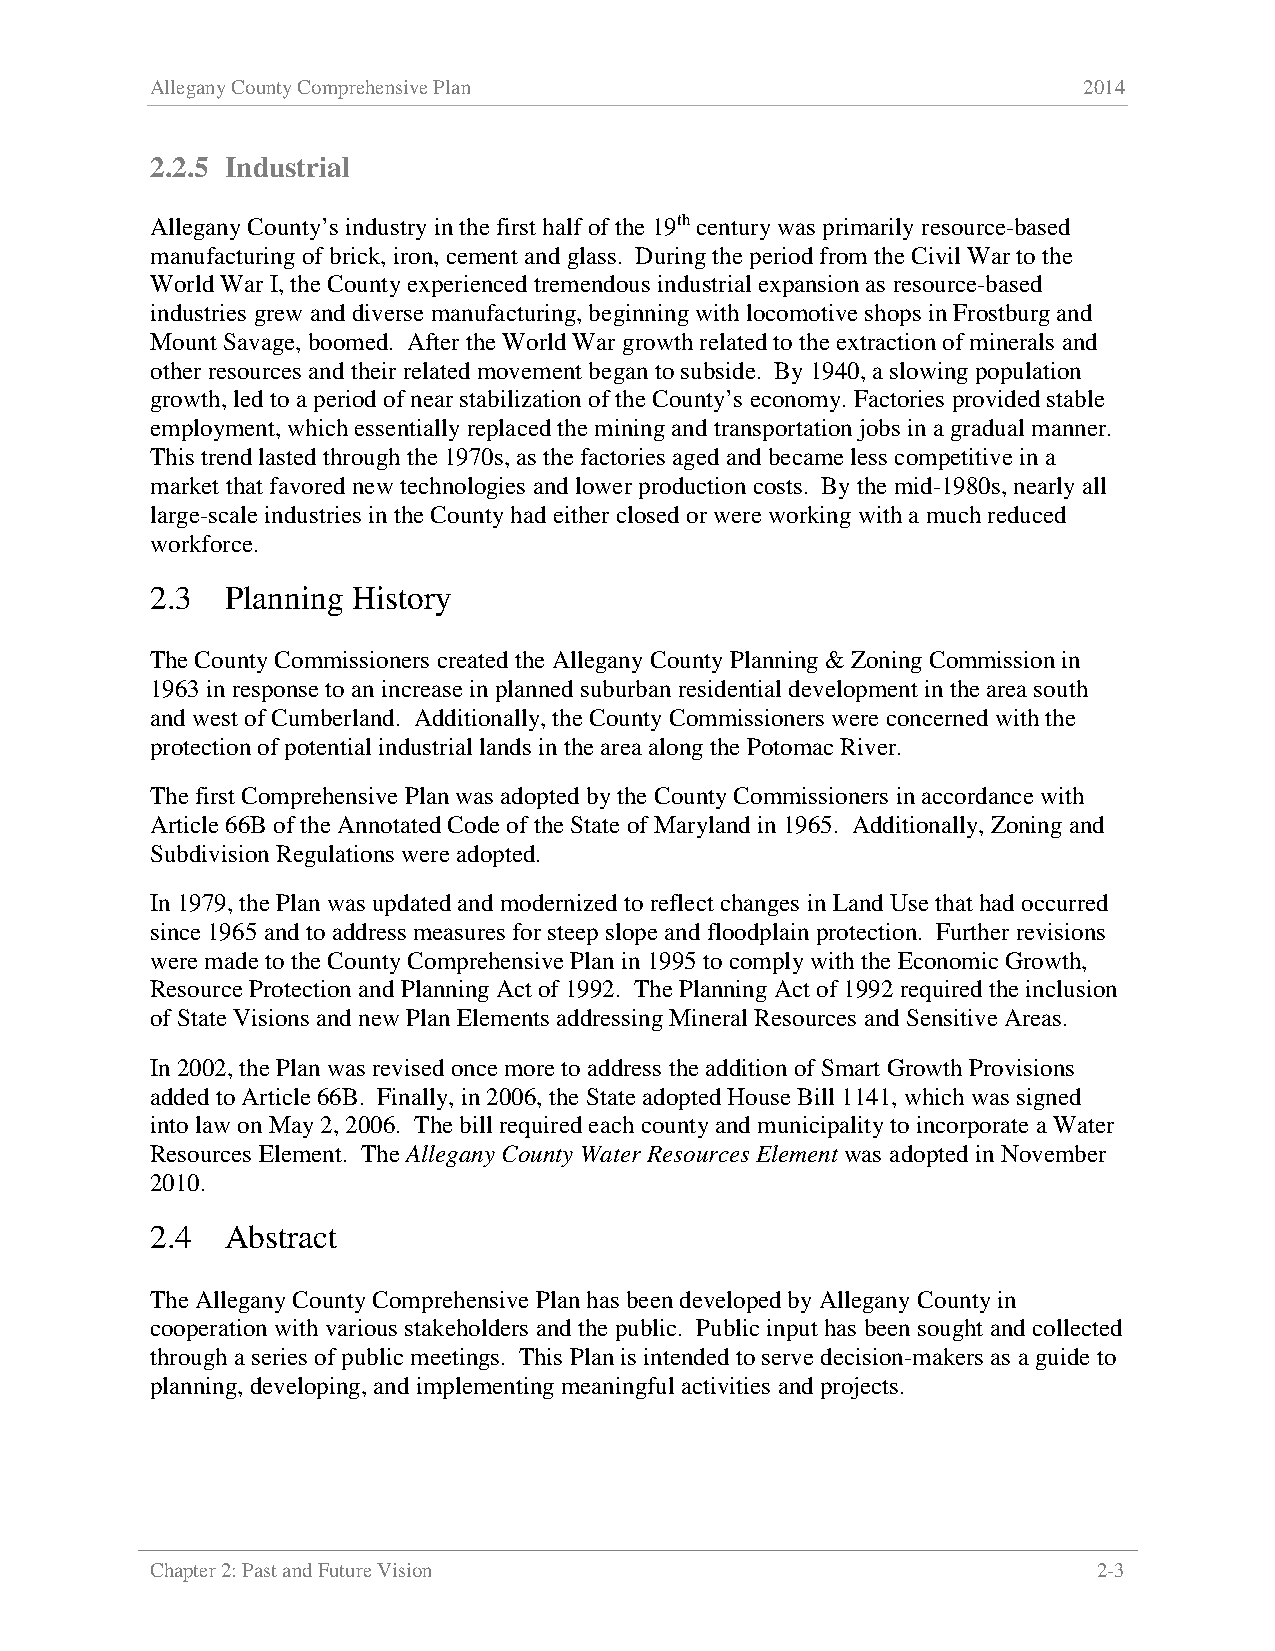
Allegany County Comprehensive Plan                            2014
 2.2.5 Industrial
 Allegany County’s industry in the first half of the 19th century was primarily resource-based
 manufacturing of brick, iron, cement and glass. During the period from the Civil War to the
 World War I, the County experienced tremendous industrial expansion as resource-based
 industries grew and diverse manufacturing, beginning with locomotive shops in Frostburg and
 Mount Savage, boomed. After the World War growth related to the extraction of minerals and
 other resources and their related movement began to subside. By 1940, a slowing population
 growth, led to a period of near stabilization of the County’s economy. Factories provided stable
 employment, which essentially replaced the mining and transportation jobs in a gradual manner.
 This trend lasted through the 1970s, as the factories aged and became less competitive in a
 market that favored new technologies and lower production costs. By the mid-1980s, nearly all
 large-scale industries in the County had either closed or were working with a much reduced
 workforce.
 2.3  Planning History
 The County Commissioners created the Allegany County Planning & Zoning Commission in
 1963 in response to an increase in planned suburban residential development in the area south
 and west of Cumberland. Additionally, the County Commissioners were concerned with the
 protection of potential industrial lands in the area along the Potomac River.
 The first Comprehensive Plan was adopted by the County Commissioners in accordance with
 Article 66B of the Annotated Code of the State of Maryland in 1965. Additionally, Zoning and
 Subdivision Regulations were adopted.
 In 1979, the Plan was updated and modernized to reflect changes in Land Use that had occurred
 since 1965 and to address measures for steep slope and floodplain protection. Further revisions
 were made to the County Comprehensive Plan in 1995 to comply with the Economic Growth,
 Resource Protection and Planning Act of 1992. The Planning Act of 1992 required the inclusion
 of State Visions and new Plan Elements addressing Mineral Resources and Sensitive Areas.
 In 2002, the Plan was revised once more to address the addition of Smart Growth Provisions
 added to Article 66B. Finally, in 2006, the State adopted House Bill 1141, which was signed
 into law on May 2, 2006. The bill required each county and municipality to incorporate a Water
 Resources Element. The Allegany County Water Resources Element was adopted in November
 2010.
 2.4  Abstract
 The Allegany County Comprehensive Plan has been developed by Allegany County in
 cooperation with various stakeholders and the public. Public input has been sought and collected
 through a series of public meetings. This Plan is intended to serve decision-makers as a guide to
 planning, developing, and implementing meaningful activities and projects.
 Chapter 2: Past and Future Vision                              2-3